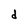
Character: d